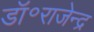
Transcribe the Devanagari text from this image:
डॉ॰राजेन्द्र